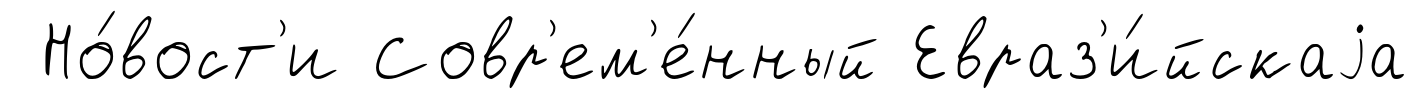
Но́вост'и Совр'ем'е́нный Евраз'и́йскаjа